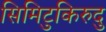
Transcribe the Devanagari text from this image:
सिमिटुकिरुदु